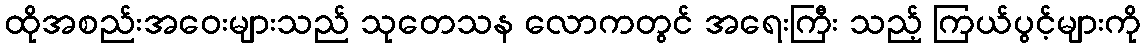
ထိုအစည်းအဝေးများသည် သုတေသန လောကတွင် အရေးကြီး သည့် ကြယ်ပွင့်များကို